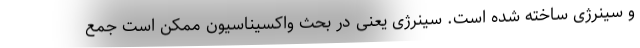
و سینرژی ساخته شده است. سینرژی یعنی در بحث واکسیناسیون ممکن است جمع